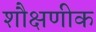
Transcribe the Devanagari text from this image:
शौक्षणीक